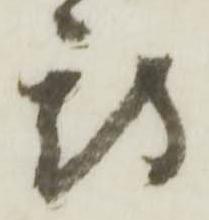
期